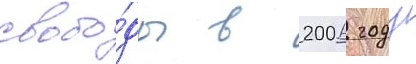
свобо́ды в 2006 году